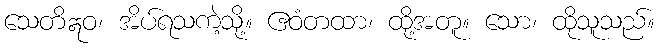
သေတိဣဝ၊ အိပ်ရသကဲ့သို့။ ဧဝံတထာ၊ ထို့အတူ။ သော၊ ထိုသူသည်။